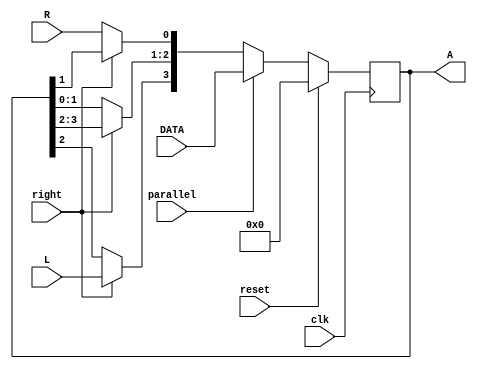
 module shift_reg #(parameter W = 4) (
	clk,
	parallel, right,
	DATA, A, R, L,
	reset
);
 	input clk;
	input [W-1:0] DATA;
	output reg [W-1:0] A;
	input reset, R, L, parallel, right;

	initial
	begin
		A = {W{1'b0}};
	end

	always @(posedge clk)
	begin
		if (reset)
				A = {W{1'b0}};
		else 
			begin
			
			if(parallel==1)
					A = DATA;
			else
			begin
			if(right)
				begin
					A = A >> 1;
					A[W-1] = L;
				end
				else
				begin
					A = A << 1;
					A[0] = R;
				end
			end
		end
	end
endmodule